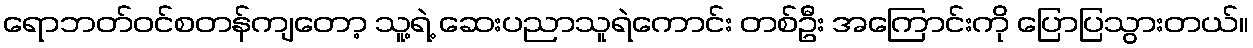
ရောဘတ်ဝင်စတန်ကျတော့ သူ့ရဲ့ ဆေးပညာသူရဲကောင်း တစ်ဦး အကြောင်းကို ပြောပြသွားတယ်။